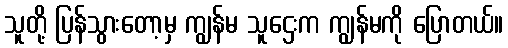
သူတို့ ပြန်သွားတော့မှ ကျွန်မ သူဌေးက ကျွန်မကို ပြောတယ်။